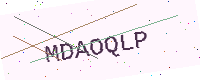
Text: MDAOQLP